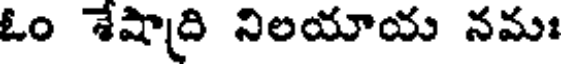
ఓం శేషాది నిలయాయ నమః